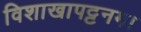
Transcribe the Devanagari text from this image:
विशाखापट्टनम।